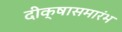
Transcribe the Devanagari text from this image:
दीक्षासमारंभ